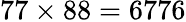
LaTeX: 77\times 88=6776